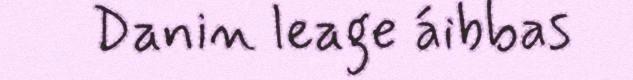
Danin leage áibbas